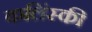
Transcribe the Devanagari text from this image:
कलिंस्की